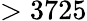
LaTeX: >3725